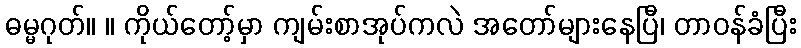
ဓမ္မဂုတ်။ ။ ကိုယ်တော့်မှာ ကျမ်းစာအုပ်ကလဲ အတော်များနေပြီ၊ တာဝန်ခံပြီး